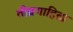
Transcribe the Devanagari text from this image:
तीव्रगाहिता